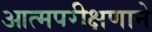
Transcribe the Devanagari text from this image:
आत्मपरीक्षणाने